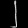
Digit: ၂